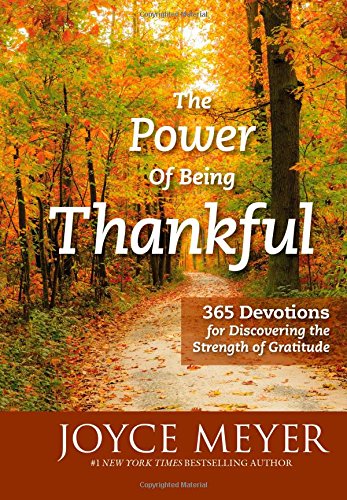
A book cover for The Power of Being Thankful: 365 Devotions for Discovering the Strength of Gratitude; Joyce Meyer; Christian Books & Bibles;